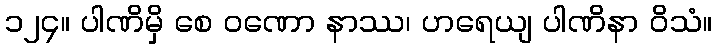
၁၂၄။ ပါဏိမှိ စေ ဝဏော နာဿ၊ ဟရေယျ ပါဏိနာ ဝိသံ။